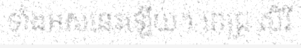
ទាំងអស់នេះឡើយ។ ពេជ្រ សិរី